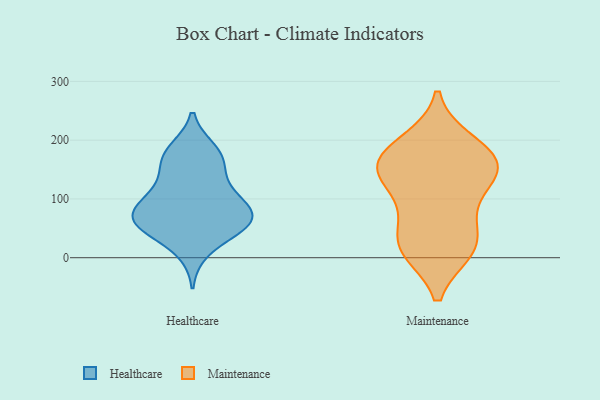
{"axis": {"x": "Revenue (USD Million)", "y": "Value"}, "legend": ["Healthcare", "Maintenance"], "data": [{"x": "", "y": 68, "type": "Healthcare"}, {"x": "", "y": 55, "type": "Healthcare"}, {"x": "", "y": 52, "type": "Healthcare"}, {"x": "", "y": 156, "type": "Healthcare"}, {"x": "", "y": 90, "type": "Healthcare"}, {"x": "", "y": 61, "type": "Healthcare"}, {"x": "", "y": 183, "type": "Healthcare"}, {"x": "", "y": 11, "type": "Healthcare"}, {"x": "", "y": 106, "type": "Healthcare"}, {"x": "", "y": 54, "type": "Healthcare"}, {"x": "", "y": 60, "type": "Healthcare"}, {"x": "", "y": 80, "type": "Healthcare"}, {"x": "", "y": 127, "type": "Healthcare"}, {"x": "", "y": 100, "type": "Healthcare"}, {"x": "", "y": 178, "type": "Healthcare"}, {"x": "", "y": 168, "type": "Healthcare"}, {"x": "", "y": 17, "type": "Maintenance"}, {"x": "", "y": 18, "type": "Maintenance"}, {"x": "", "y": 147, "type": "Maintenance"}, {"x": "", "y": 69, "type": "Maintenance"}, {"x": "", "y": 166, "type": "Maintenance"}, {"x": "", "y": 147, "type": "Maintenance"}, {"x": "", "y": 12, "type": "Maintenance"}, {"x": "", "y": 141, "type": "Maintenance"}, {"x": "", "y": 195, "type": "Maintenance"}, {"x": "", "y": 117, "type": "Maintenance"}, {"x": "", "y": 167, "type": "Maintenance"}, {"x": "", "y": 154, "type": "Maintenance"}, {"x": "", "y": 198, "type": "Maintenance"}, {"x": "", "y": 70, "type": "Maintenance"}, {"x": "", "y": 15, "type": "Maintenance"}]}